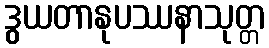
ဒွယတာနုပဿနာသုတ္တ